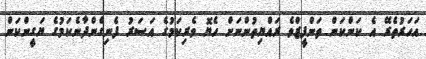
އަހަރުތެރޭ އެ ކަންކަން ތަންފީޒްވެ ރައްޔިތުންނަށް ހެޔޮ ވެރިކަމުގެ އަސަރު ފެނިގެންދާނެކަމުގެ ޔަގީންކަން